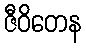
ဇီဝိတေန